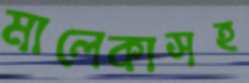
মালেকাসহ